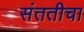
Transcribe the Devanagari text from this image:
संततीचा